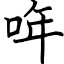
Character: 哖